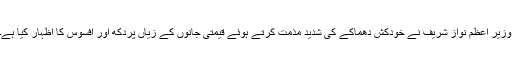
وزیر اعظم نواز شریف نے خودکش دھماکے کی شدید مذمت کرتے ہوئے قیمتی جانوں کے زیاں پردکھ اور افسوس کا اظہار کیا ہے۔